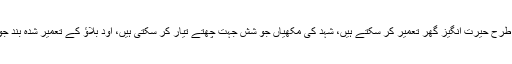
قدرت نے ایسے اورجانور بھی تخلیق کئے ہیں جو مکڑی کی طرح حیرت انگیز گھر تعمیر کر سکتے ہیں، شہد کی مکھیاں جو شش جہت چھتے تیار کر سکتی ہیں، اود بلاؤ کے تعمیر شدہ بند جو انجینیرنگ کے عمدہ حساب کتاب کے عین مطابق ہوتے ہیں۔